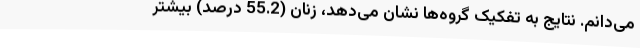
می‌دانم. نتایج به تفکیک گروه‌ها نشان می‌دهد، زنان (55.2 درصد) بیشتر